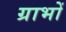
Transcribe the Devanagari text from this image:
ग्राभों